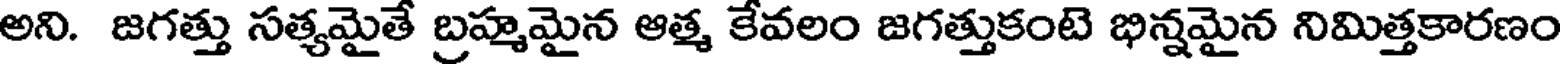
అని. జగత్తు సత్యమైతే బ్రహ్మమైన ఆత్మ కేవలం జగత్తుకంటె భిన్నమైన నిమిత్తకారణం